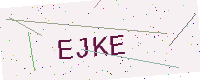
Text: EJKE